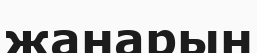
жанарын